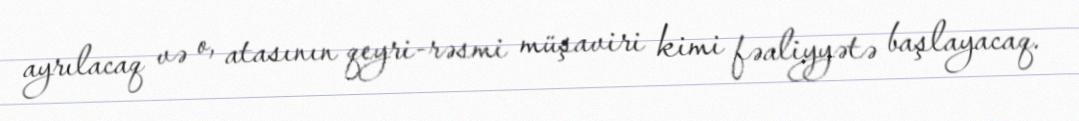
ayrılacaq və o, atasının qeyri-rəsmi müşaviri kimi fəaliyyətə başlayacaq.